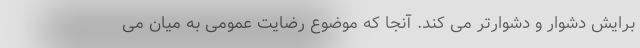
برایش دشوار و دشوارتر می کند. آنجا که موضوع رضایت عمومی به میان می